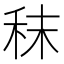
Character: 秣